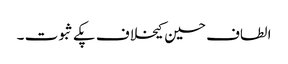
الطاف حسین کیخلاف پکے ثبوت ۔